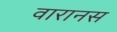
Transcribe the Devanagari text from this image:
वारानस